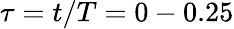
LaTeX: \tau=t/T=0-0.25